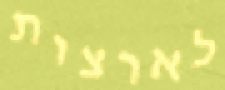
לארצות